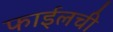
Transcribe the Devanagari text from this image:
फाईलची